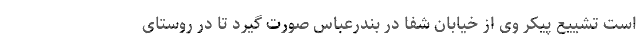
است تشییع پیکر وی از خیابان شفا در بندرعباس صورت گیرد تا در روستای